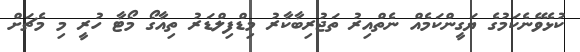
ކުޅެވޭނެކަމުގެ ޔަގީންކަމެއް ނެތްއިރު ތަޖުރިބާކާރު މިޑްފިލްޑަރު ތިއާގޯ މޯޓާ ހުރީ މި މެޗަށް